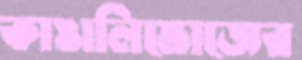
কাঙালিভোজের